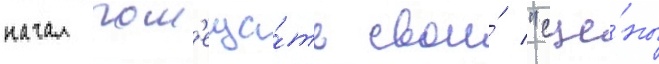
начал пом'еща́ть свои́ "сце́ны